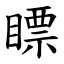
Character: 瞟